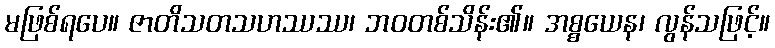
မဖြစ်ရပေ။ ဇာတိသတသဟဿဿ၊ ဘဝတစ်သိန်း၏။ အစ္စယေန၊ လွန်သဖြင့်။